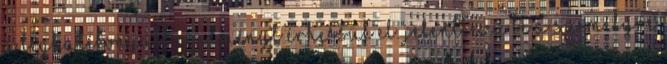
a leghatékonyabb eredményt érhessük el. Jelentkezz be a személyre